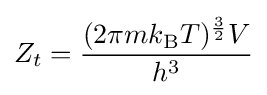
Z_{t}={\frac {(2\pi mk_{\text{B}}T)^{\frac {3}{2}}V}{h^{3}}}